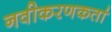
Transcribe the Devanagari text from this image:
नवीकरणकर्ता